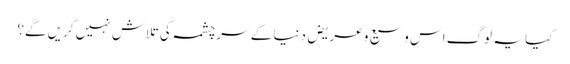
کیا یہ لوگ اس وسیع و عریض دنیا کے سرچشمہ کی تلاش نہیں کریں گے؟